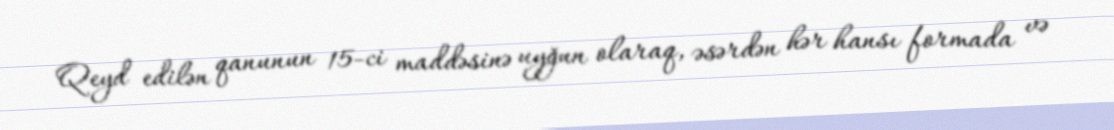
Qeyd edilən qanunun 15-ci maddəsinə uyğun olaraq, əsərdən hər hansı formada və